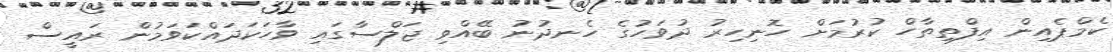
ކެމްޕެއިން އިފްތިތާހް ކުރުމަށް ހޮނިހިރު ދުވަހުގެ ހެނދުނު ބޭއްވި ޖަލްސާގައި ވާހަކަދައްކަވަމުން ރައީސް